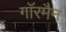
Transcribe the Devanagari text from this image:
गाॅरमैन